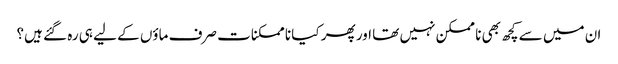
ان میں سے کچھ بھی نا ممکن نہیں تھا اور پھر کیا نا ممکنات صرف ماؤں کے لیے ہی رہ گئے ہیں؟